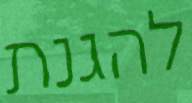
להגנת